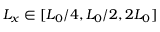
L _ { x } \in [ L _ { 0 } / 4 , L _ { 0 } / 2 , 2 L _ { 0 } ]